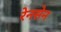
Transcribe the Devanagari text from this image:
रेनसेन